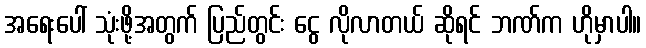
အရေးပေါ် သုံးဖို့အတွက် ပြည်တွင်း ငွေ လိုလာတယ် ဆိုရင် ဘဏ်က ဟိုမှာပါ။